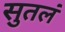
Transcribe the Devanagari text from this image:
सुतलं